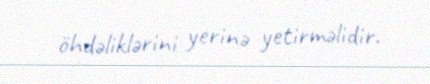
öhdəliklərini yerinə yetirməlidir.